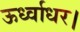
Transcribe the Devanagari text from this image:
ऊर्ध्वाधर।